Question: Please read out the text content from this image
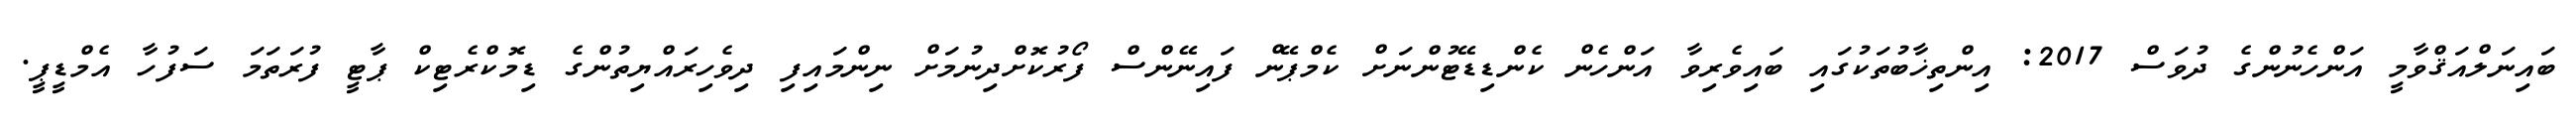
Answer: ބައިނަލްއަޤްވާމީ އަންހެނުންގެ ދުވަސް 2017: އިންތިޚާބުތަކުގައި ބައިވެރިވާ އަންހެން ކެންޑިޑޭޓުންނަށް ކެމްޕޭން ފައިނޭންސް ފޯރުކޮށްދިނުމަށް ނިންމައިފި ދިވެހިރައްޔިތުންގެ ޑިމޮކްރެޓިކް ޕާޓީ ފުރަތަމަ ސަފުހާ އެމްޑީޕީ.